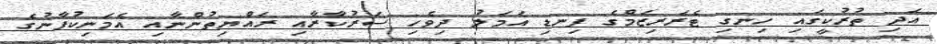
އަދި ތުރުކީގައި ހިނގި ޓެރަރިޒަމްގެ ފިނޑި އަމަލު ދިވެހި ސަރުކާރާއި ރައްޔިތުންނާއި އެމަނިކުފާނުގެ